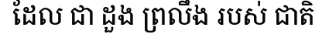
ដែល ជា ដួង ព្រលឹង របស់ ជាតិ